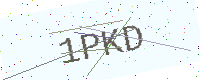
Text: 1PKD